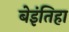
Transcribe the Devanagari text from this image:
बेइंतिहा